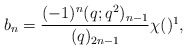
\begin{align*} b_n = \frac{(-1)^n(q;q^2)_{n-1}}{(q)_{2n-1}} \chi() \footnote{As usual, $\chi(X) = 1$ if $X$ is true and $0$ if $X$ is false.},\end{align*}